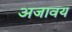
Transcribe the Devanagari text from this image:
अजावय